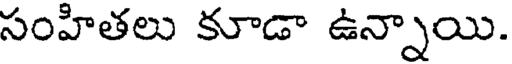
సంహితలు కూడా ఉన్నాయి.